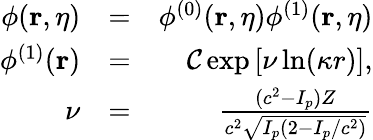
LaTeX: \begin{array}{rlr}{\phi(\mathbf{r},\eta)}&{=}&{\phi^{(0)}(\mathbf{r},\eta)\phi^{(1)}(\mathbf{r},\eta)}\\ {\phi^{(1)}(\mathbf{r})}&{=}&{{\cal C}\exp\left[\nu\ln(\kappa r)\right],}\\ {\nu}&{=}&{\frac{(c^{2}-I_{p})Z}{c^{2}\sqrt{I_{p}(2-I_{p}/c^{2})}}}\end{array}